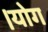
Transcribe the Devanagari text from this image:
।योग